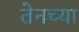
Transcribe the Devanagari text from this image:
तेनच्या